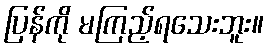
ပြန်ကို မကြည့်ရသေးဘူး။